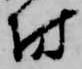
坊